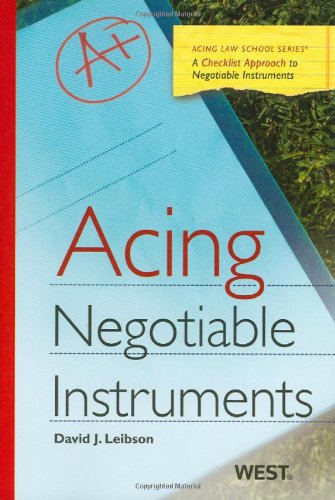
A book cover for Acing Negotiable Instruments (Acing Series); David Leibson; Law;